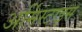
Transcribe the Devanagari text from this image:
अर्मिस्टाइस